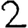
Digit: 2